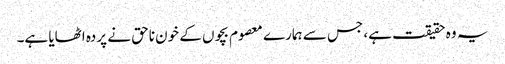
یہ وہ حقیقت ہے، جس سے ہمارے معصوم بچوں کے خون ناحق نے پردہ اٹھایا ہے۔